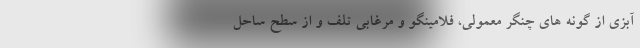
آبزی از گونه های چنگر معمولی، فلامینگو و مرغابی تلف و از سطح ساحل